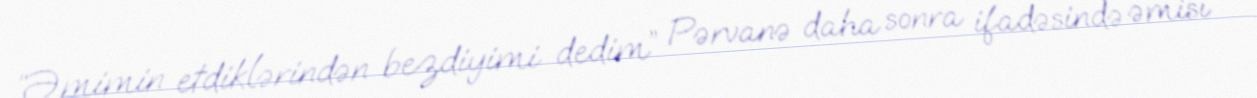
“Əmimin etdiklərindən bezdiyimi dedim” Pərvanə daha sonra ifadəsində əmisi